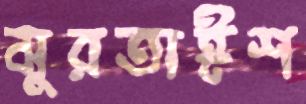
মুরতাঈশ